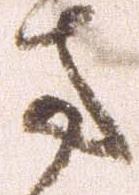
方